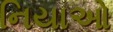
નિયાઓ